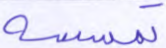
تمسسه